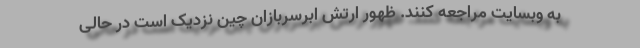
به وبسایت مراجعه کنند. ظهور ارتش ابرسربازان چین نزدیک است در حالی